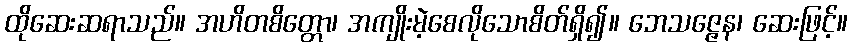
ထိုဆေးဆရာသည်။ အဟိတစိတ္တော၊ အကျိုးမဲ့စေလိုသောစိတ်ရှိ၍။ ဘေသဇ္ဇေန၊ ဆေးဖြင့်။